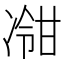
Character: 𫥕